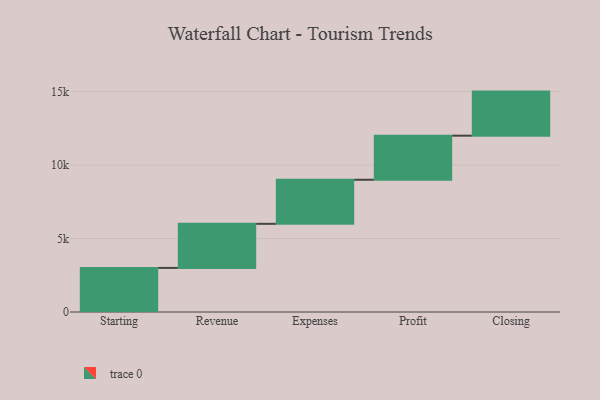
{"axis": {"x": "Step", "y": "Value"}, "legend": [""], "data": [{"x": "Starting", "y": 3000, "type": ""}, {"x": "Revenue", "y": 3000, "type": ""}, {"x": "Expenses", "y": 3000, "type": ""}, {"x": "Profit", "y": 3000, "type": ""}, {"x": "Closing", "y": 3000, "type": ""}]}